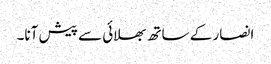
انصار کے ساتھ بھلائی سے پیش آنا۔